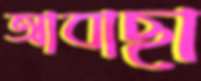
আবাছা